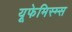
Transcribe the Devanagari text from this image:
यूफेमिस्म्स